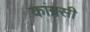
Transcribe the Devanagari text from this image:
कांग्रसी